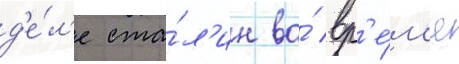
д'е́л'е ста́л'ин во́ вр'е́м'я